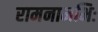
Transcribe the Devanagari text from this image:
रामनामभिः